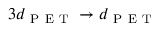
3 d _ { \mathrm { ~ P ~ E ~ T ~ } } \rightarrow d _ { \mathrm { ~ P ~ E ~ T ~ } }